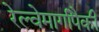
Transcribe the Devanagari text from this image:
रेल्वेमार्गांपैकी